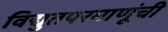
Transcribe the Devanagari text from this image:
विद्युतपरमाणूंची